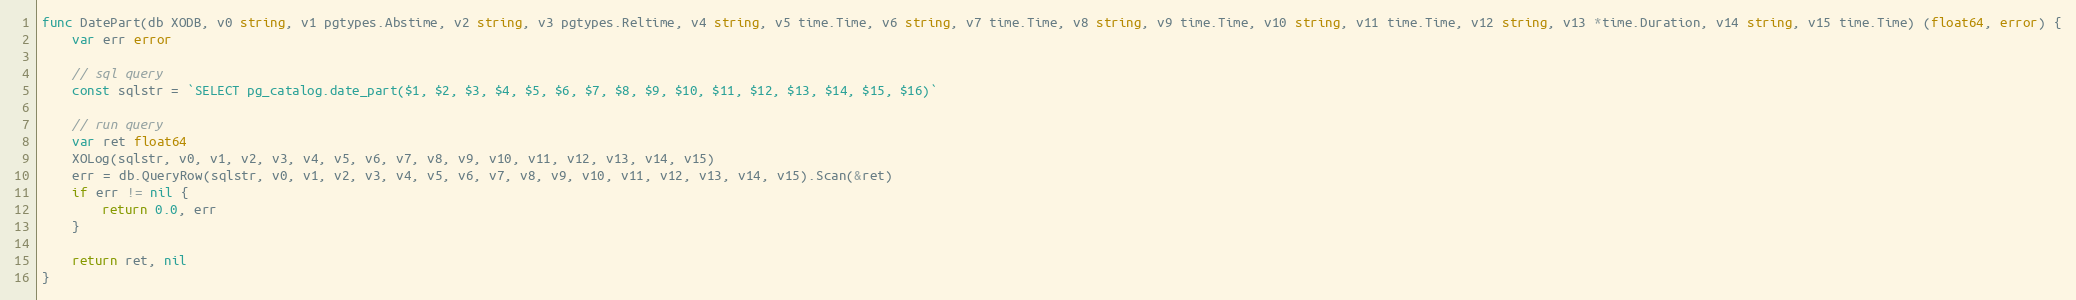
Language: Go
func DatePart(db XODB, v0 string, v1 pgtypes.Abstime, v2 string, v3 pgtypes.Reltime, v4 string, v5 time.Time, v6 string, v7 time.Time, v8 string, v9 time.Time, v10 string, v11 time.Time, v12 string, v13 *time.Duration, v14 string, v15 time.Time) (float64, error) {
	var err error

	// sql query
	const sqlstr = `SELECT pg_catalog.date_part($1, $2, $3, $4, $5, $6, $7, $8, $9, $10, $11, $12, $13, $14, $15, $16)`

	// run query
	var ret float64
	XOLog(sqlstr, v0, v1, v2, v3, v4, v5, v6, v7, v8, v9, v10, v11, v12, v13, v14, v15)
	err = db.QueryRow(sqlstr, v0, v1, v2, v3, v4, v5, v6, v7, v8, v9, v10, v11, v12, v13, v14, v15).Scan(&ret)
	if err != nil {
		return 0.0, err
	}

	return ret, nil
}